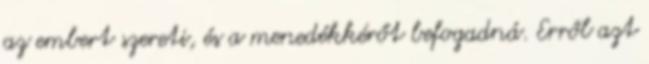
az embert szereti, és a menedékkérőt befogadná. Erről azt